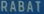
RABAT